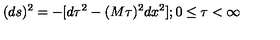
( d s ) ^ { 2 } = - [ d \tau ^ { 2 } - ( M \tau ) ^ { 2 } d x ^ { 2 } ] ; 0 \le \tau < \infty